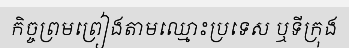
កិច្ចព្រមព្រៀងតាមឈ្មោះប្រទេស ឬទីក្រុង